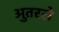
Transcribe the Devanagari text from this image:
अुतरले